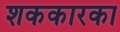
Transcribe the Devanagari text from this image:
शककारका